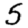
Digit: 5